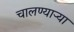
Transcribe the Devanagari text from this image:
चालण्यार्‍या